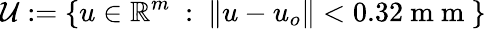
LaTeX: \mathcal{U}:=\{ u\in\mathbb{R}^{m}~:~\| u-u_{o}\| <0.32\mathrm{~m~m~}\}